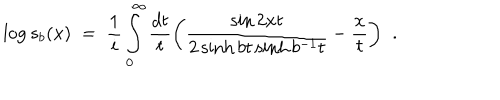
LaTeX: \log s _ { b } ( x ) \; = \; \frac { 1 } { i } \int _ { 0 } ^ { \infty } \frac { d t } { t } \biggl ( \frac { \sin 2 x t } { 2 \sinh b t \sinh b ^ { - 1 } t } - \frac { x } { t } \biggl ) \; \; .